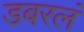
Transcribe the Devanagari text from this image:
डबरलं